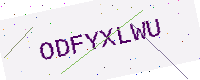
Text: ODFYXLWU